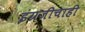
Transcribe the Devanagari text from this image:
इंग्रजीचाही